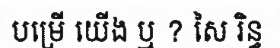
បម្រើ យើង ឬ ? សៃ រិន្ធ